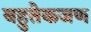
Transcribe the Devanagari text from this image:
बहुतेकजण